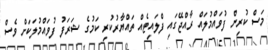
މަސް ކުރިން ފުވައްމުލައް ރާއްޖޭގައި ފްލައިޓެއް ތައްޔާރުކުރި ކަމުގެ ޝަރަފު ފުވައްމުލަކަށް ވެސް